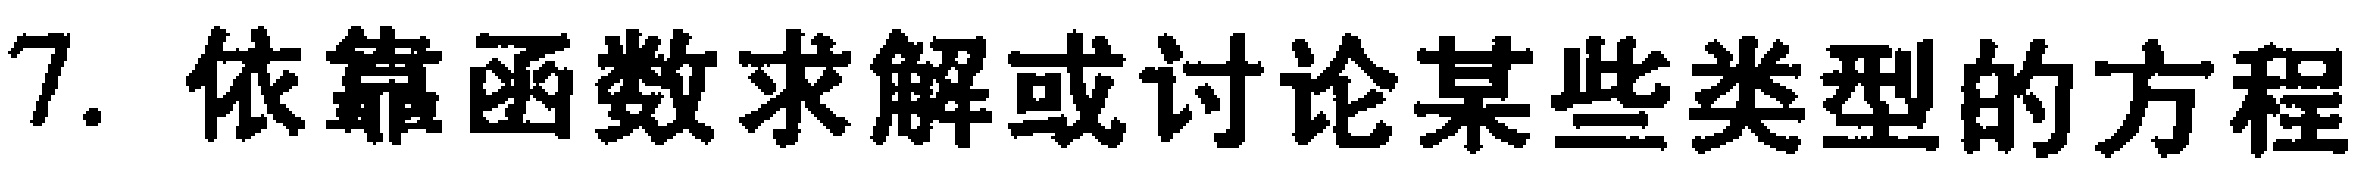
7. 依靠函数求解或讨论某些类型的方程